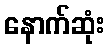
နောက်ဆုံး